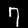
Digit: 7